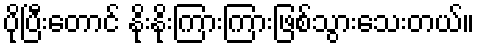
ပိုပြီးတောင် နိုးနိုးကြားကြားဖြစ်သွားသေးတယ်။